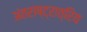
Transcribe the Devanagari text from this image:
अंतराष्ट्रात्रिय